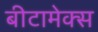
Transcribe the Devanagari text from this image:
बीटामेक्स